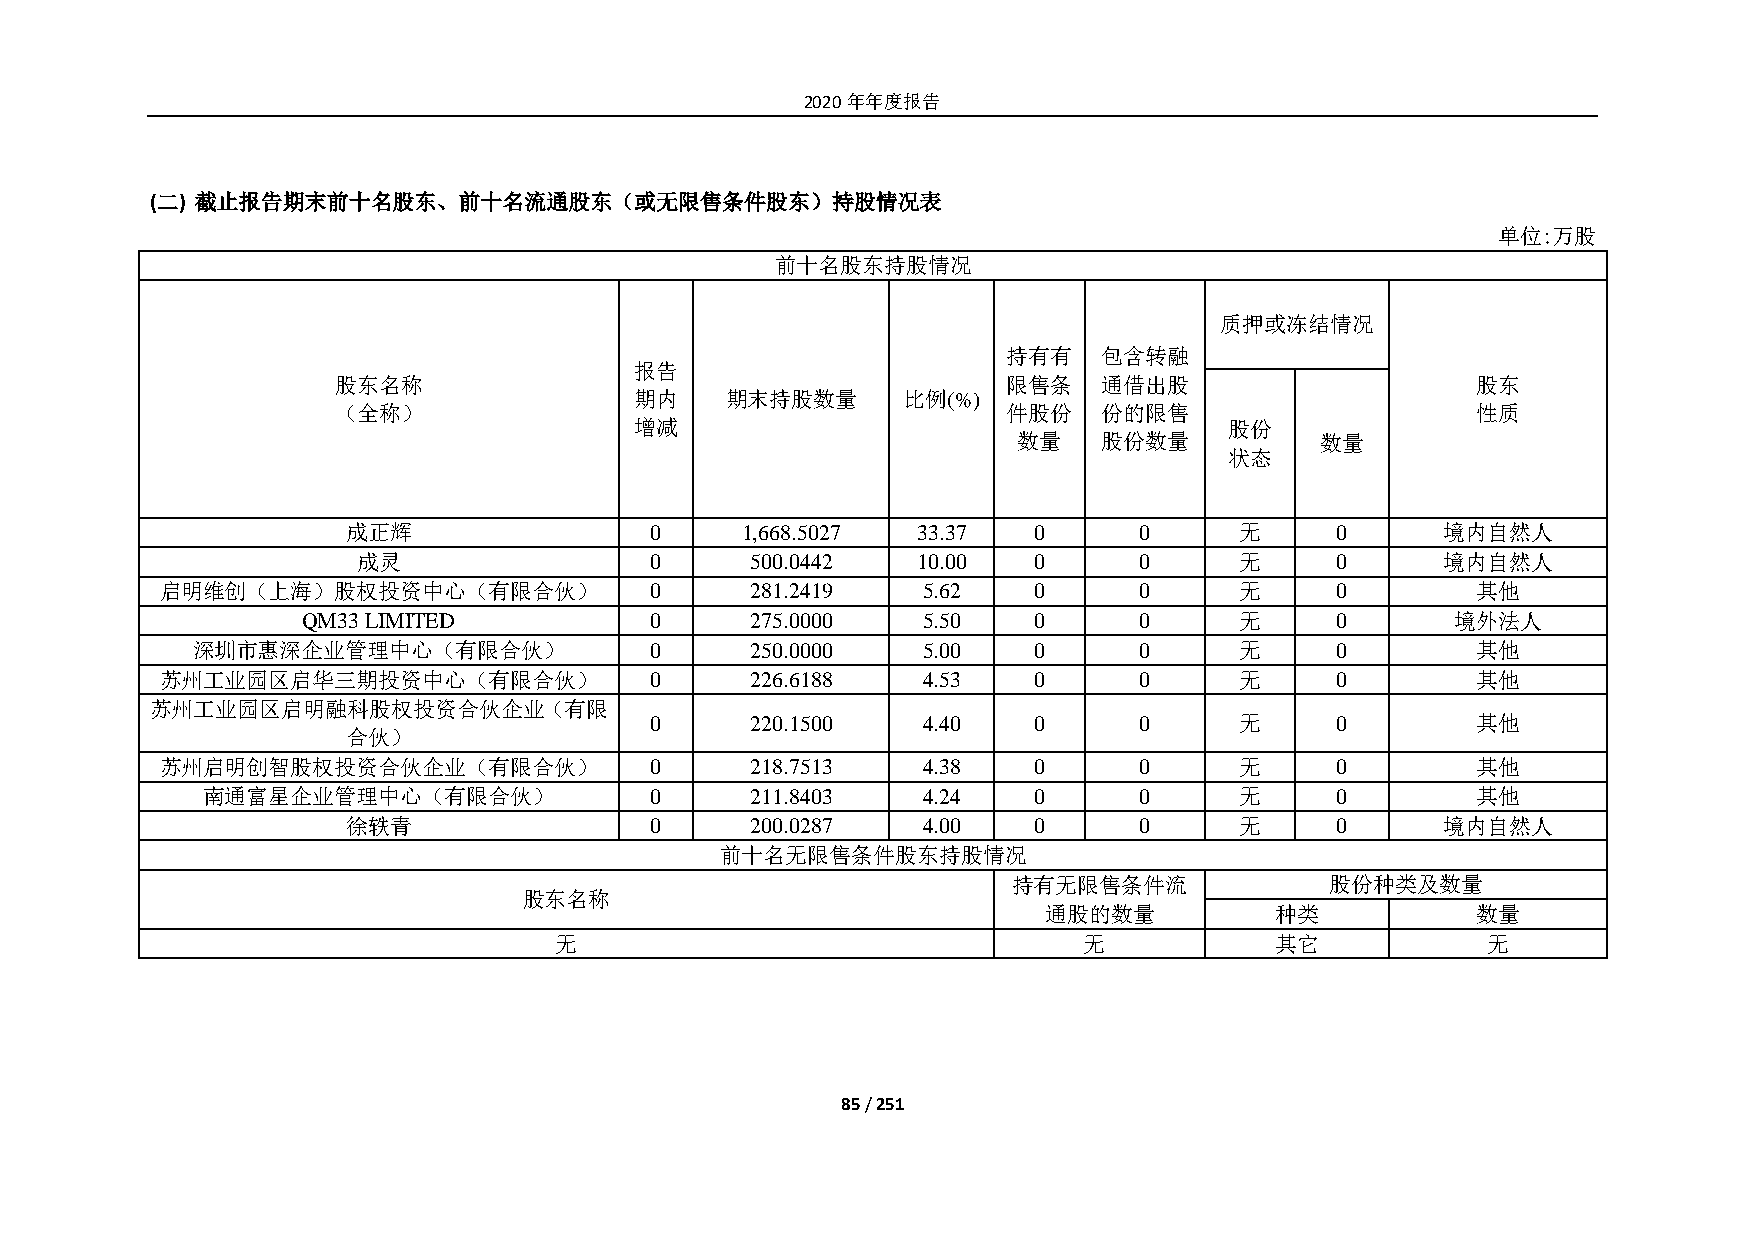
2020年年度报告
 (二) 截止报告期末前十名股东、前十名流通股东（或无限售条件股东）持股情况表
 单位:万股
 前十名股东持股情况
 质押或冻结情况
 持有有   包含转融
 报告
 股东名称                                         限售条   通借出股                     股东
 期内    期末持股数量      比例(%)
 （全称）                                         件股份   份的限售                     性质
 增减                                     股份
 数量    股份数量          数量
 状态
 成正辉                 0     1,668.5027  33.37  0      0      无     0       境内自然人
 成灵                 0      500.0442   10.00  0      0      无     0       境内自然人
 启明维创（上海）股权投资中心（有限合伙）            0      281.2419   5.62   0      0      无     0         其他
 QM33 LIMITED           0      275.0000   5.50   0      0      无     0       境外法人
 深圳市惠深企业管理中心（有限合伙）             0      250.0000   5.00   0      0      无     0         其他
 苏州工业园区启华三期投资中心（有限合伙）            0      226.6188   4.53   0      0      无     0         其他
 苏州工业园区启明融科股权投资合伙企业（有限
 0      220.1500   4.40   0      0      无     0         其他
 合伙）
 苏州启明创智股权投资合伙企业（有限合伙）            0      218.7513   4.38   0      0      无     0         其他
 南通富星企业管理中心（有限合伙）              0      211.8403   4.24   0      0      无     0         其他
 徐轶青                 0      200.0287   4.00   0      0      无     0       境内自然人
 前十名无限售条件股东持股情况
 持有无限售条件流             股份种类及数量
 股东名称
 通股的数量          种类            数量
 无                                  无           其它            无
 85 / 251